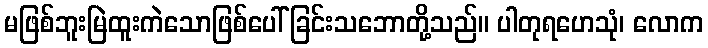
မဖြစ်ဘူးမြဲထူးကဲသောဖြစ်ပေါ်ခြင်းသဘောတို့သည်။ ပါတုရဟေသုံ၊ လောက